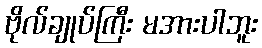
ဗိုလ်ချုပ်ကြီး မအားပါဘူး